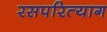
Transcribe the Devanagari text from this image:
रसपरित्याग